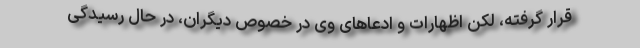
قرار گرفته، لکن اظهارات و ادعاهای وی در خصوص دیگران، در حال رسیدگی